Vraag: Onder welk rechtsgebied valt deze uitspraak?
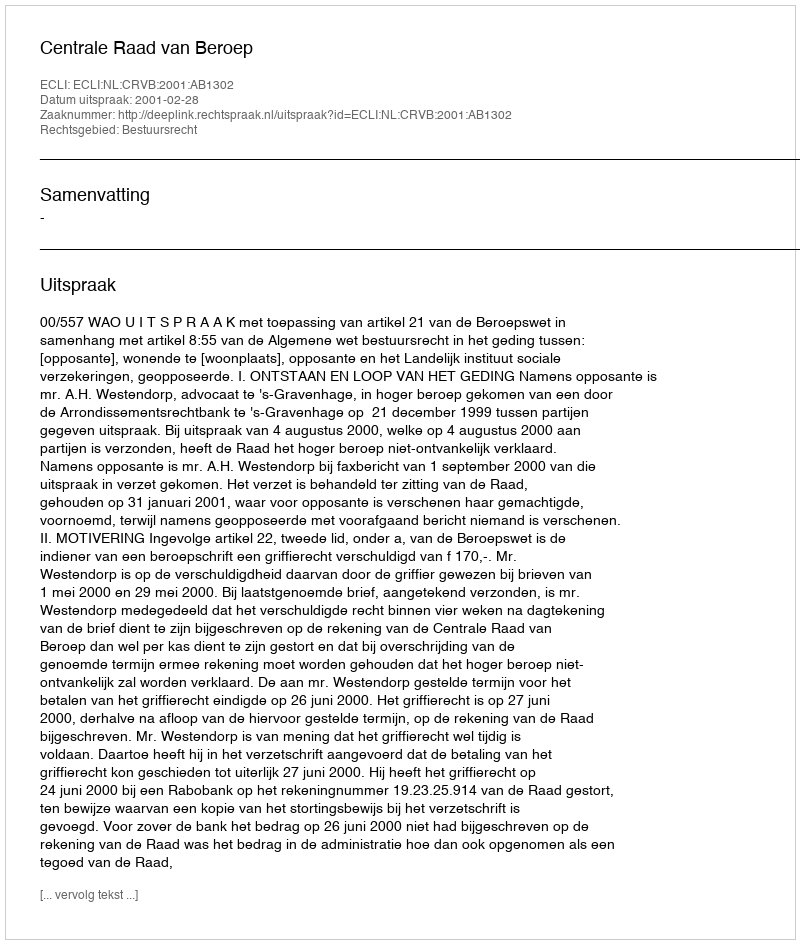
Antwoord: Bestuursrecht